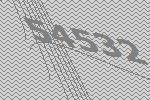
54532